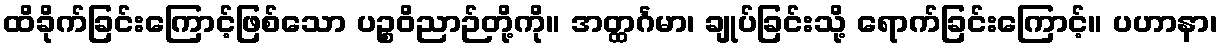
ထိခိုက်ခြင်းကြောင့်ဖြစ်သော ပဉ္စဝိညာဉ်တို့ကို။ အတ္ထင်္ဂမာ၊ ချုပ်ခြင်းသို့ ရောက်ခြင်းကြောင့်။ ပဟာနာ၊